Elephants and their diseases
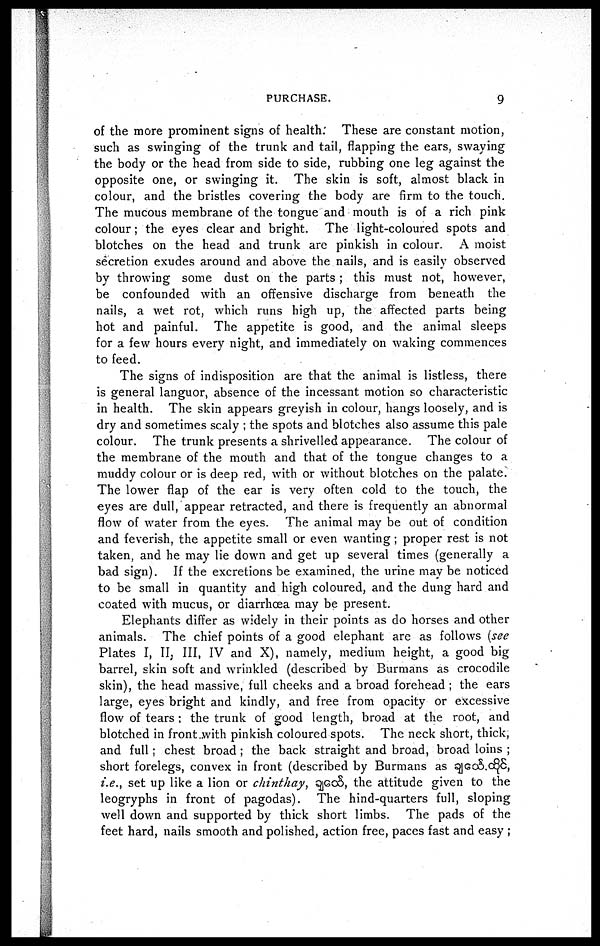
PURCHASE.
9
of the more prominent signs of health: These are constant motion,
such as swinging of the trunk and tail, flapping the ears, swaying
the body or the head from side to side, rubbing one leg against the
opposite one, or swinging it. The skin is soft, almost black in
colour, and the bristles covering the body are firm to the touch.
The mucous membrane of the tongue and mouth is of a rich pink
colour; the eyes clear and bright. The light-coloured spots and
blotches on the head and trunk are pinkish in colour. A moist
secretion exudes around and above the nails, and is easily observed
by throwing some dust on the parts ; this must not, however,
be confounded with an offensive discharge from beneath the
nails, a wet rot, which runs high up, the affected parts being
hot and painful. The appetite is good, and the animal sleeps
for a few hours every night, and immediately on waking commences
to feed.
The signs of indisposition are that the animal is listless, there
is general languor, absence of the incessant motion so characteristic
in health. The skin appears greyish in colour, hangs loosely, and is
dry and sometimes scaly ; the spots and blotches also assume this pale
colour. The trunk presents a shrivelled appearance. The colour of
the membrane of the mouth and that of the tongue changes to a
muddy colour or is deep red, with or without blotches on the palate.
The lower flap of the ear is very often cold to the touch, the
eyes are dull, appear retracted, and there is frequently an abnormal
flow of water from the eyes. The animal may be out of condition
and feverish, the appetite small or even wanting; proper rest is not
taken, and he may lie down and get up several times (generally a
bad sign). If the excretions be examined, the urine may be noticed
to be small in quantity and high coloured, and the dung hard and
coated with mucus, or diarrhoea may be present.
Elephants differ as widely in their points as do horses and other
animals. The chief points of a good elephant are as follows (see
Plates I, II, III, IV and X), namely, medium height, a good big
barrel, skin soft and wrinkled (described by Burmans as crocodile
skin), the head massive, full cheeks and a broad forehead ; the ears
large, eyes bright and kindly, and free from opacity or excessive
flow of tears; the trunk of good length, broad at the root, and
blotched in front with pinkish coloured spots. The neck short, thick,
and full; chest broad; the back straight and broad, broad loins ;
short forelegs, convex in front (described by Burmans as sj]go5.o^S,
i.e., set up like a lion or chinthay, qjccS, the attitude given to the
leogryphs in front of pagodas). The hind-quarters full, sloping
well down and supported by thick short limbs. The pads of the
feet hard, nails smooth and polished, action free, paces fast and easy ;